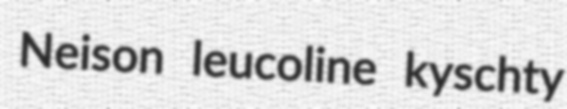
Neison leucoline kyschty